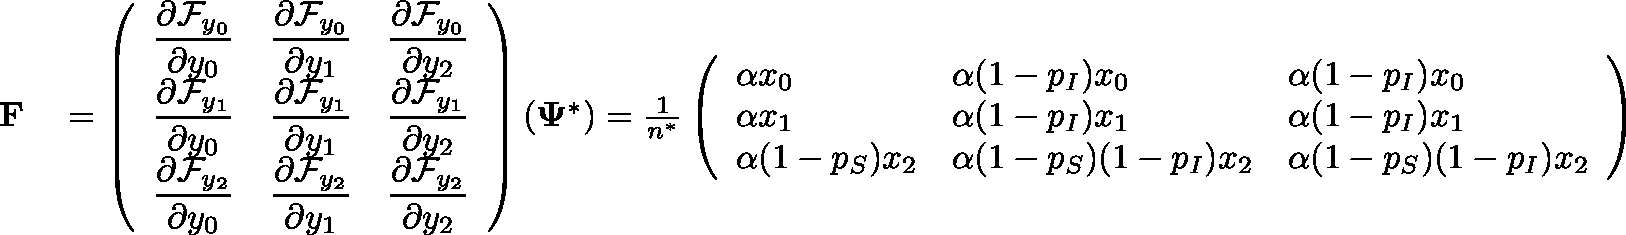
\begin{array} { r l } { \mathbf { F } } & { { } = \left( \begin{array} { l l l } { \displaystyle \frac { \partial \mathcal { F } _ { y _ { 0 } } } { \partial y _ { 0 } } } & { \displaystyle \frac { \partial \mathcal { F } _ { y _ { 0 } } } { \partial y _ { 1 } } } & { \displaystyle \frac { \partial \mathcal { F } _ { y _ { 0 } } } { \partial y _ { 2 } } } \\ { \displaystyle \frac { \partial \mathcal { F } _ { y _ { 1 } } } { \partial y _ { 0 } } } & { \displaystyle \frac { \partial \mathcal { F } _ { y _ { 1 } } } { \partial y _ { 1 } } } & { \displaystyle \frac { \partial \mathcal { F } _ { y _ { 1 } } } { \partial y _ { 2 } } } \\ { \displaystyle \frac { \partial \mathcal { F } _ { y _ { 2 } } } { \partial y _ { 0 } } } & { \displaystyle \frac { \partial \mathcal { F } _ { y _ { 2 } } } { \partial y _ { 1 } } } & { \displaystyle \frac { \partial \mathcal { F } _ { y _ { 2 } } } { \partial y _ { 2 } } } \end{array} \right) ( \mathbf { \Psi } ^ { * } ) = \frac { 1 } { n ^ { * } } \left( \begin{array} { l l l } { \displaystyle \alpha x _ { 0 } } & { \displaystyle \alpha ( 1 - p _ { I } ) x _ { 0 } } & { \displaystyle \alpha ( 1 - p _ { I } ) x _ { 0 } } \\ { \displaystyle \alpha x _ { 1 } } & { \displaystyle \alpha ( 1 - p _ { I } ) x _ { 1 } } & { \displaystyle \alpha ( 1 - p _ { I } ) x _ { 1 } } \\ { \displaystyle \alpha ( 1 - p _ { S } ) x _ { 2 } } & { \displaystyle \alpha ( 1 - p _ { S } ) ( 1 - p _ { I } ) x _ { 2 } } & { \displaystyle \alpha ( 1 - p _ { S } ) ( 1 - p _ { I } ) x _ { 2 } } \end{array} \right) } \end{array}